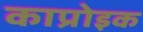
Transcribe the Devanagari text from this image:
काप्रोइक